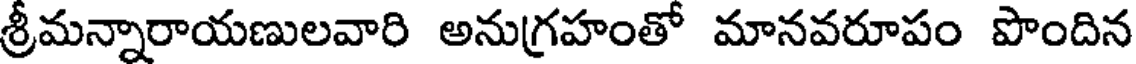
శ్రీమన్నారాయణులవారి అనుగ్రహంతో మానవరూపం పొందిన